Civil Veterinary Dept. Assam report 1927-50 - 1927-1950
Year: 1927
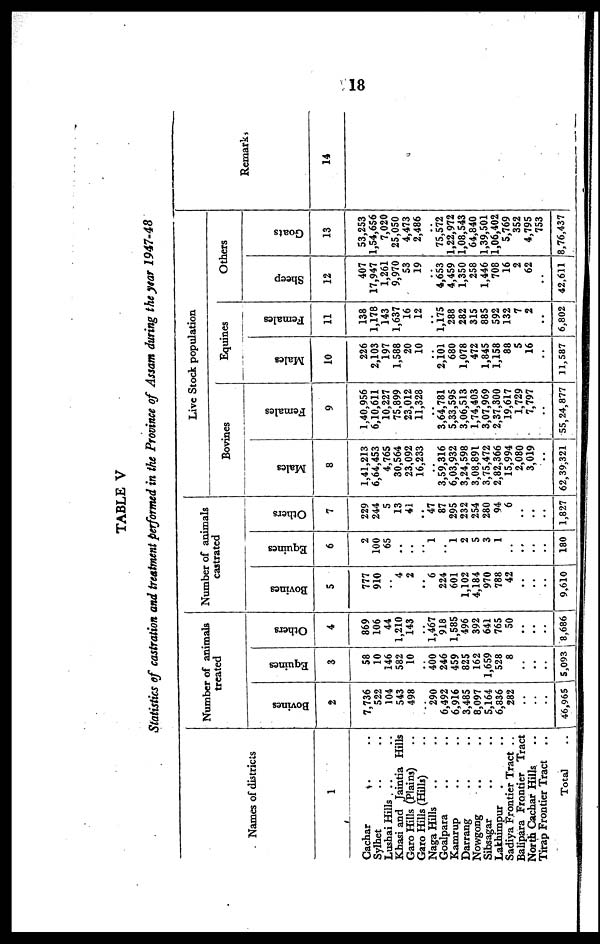
18
TABLE V
Statistics of castration and treatment performed in the Province of Assam during the year 1947-48
Names of districts
1
Cachar .. ..
Sylhet .. ..
Lushai Hills .. ..
Khasi and Jaintia Hills
Garo Hills (Plains) ..
Garo Hills (Hills) ..
Naga Hills .. ..
Goalpara .. ..
Kamrup .. ..
Darrang .. ..
Nowgong .. ..
Sibsagar .. ..
Lakhunpur .. ..
Sadiya Frontier Tract ..
Balipara Frontier Tract
North Cachar Hills ..
Tirap Frontier Tract ..
Total ..
Number of animals
treated
Bovines
2
7,736
522
104
543
498
..
290
6,492
6,916
3,485
8,097
5,164
6,836
282
..
..
..
46,965
Equines
3
58
10
146
582
10
..
400
246
459
825
162
1,659
528
8
..
.
..
..
5,093
Others
4
869
106
44
1,210
143
..
1,467
918
1,585
496
392
641
765
50
..
..
..
8,686
Number of animals
castrated
Bovines
5
777
910
..
4
2
..
6
224
601
1,102
4,184
970
788
42
..
..
..
9,610
Equines
6
2
100
65
..
..
..
1
..
1
2
5
3
1
..
..
..
..
180
Others
7
229
244
5
13
4i
..
47
87
295
232
254
280
94
6
..
..
..
1,827
Live Stock population
Bovines
Males
8
1,41,213
6,64,453
4,765
30,564
23,092
16,233
..
3,59,316
6,03,932
3,24,598
3,08,891
3,75,472
2,82,366
15,994
2,080
3,019
..
62,39,321
Females
9
1,40,956
6,10,611
10,227
75,899
23,012
11,328
..
3,64,781
5,33,595
3,06,513
1,74,403
3,07,969
2,37,300
19,617
1,729
7,797
..
55,24,877
Equines
Males
10
226
2,103
197
1,588
20
10
..
2,101
680
1,078
472
1,845
1,158
88
5
16
..
11,587
Females
11
138
1,178
143
1,637
16
12
..
1,175
288
282
315
885
592
132
7
2
..
6,802
Others
Sheep
12
407
17,947
1,261
9,970
53
19
..
4,653
4,459
1,350
258
1,446
708
16
2
62
..
42,611
Goats
13
53,253
1,54,656
7,020
25,050
4,473
2,486
..
75,572
1,22,972
1,08,543
64,840
1,39,501
1,06,402
5,769
352
4,795
753
8,76,437
Remarks
14